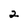
Character: 2